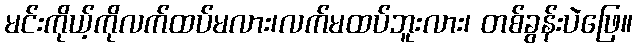
မင်းကိုယ့်ကိုလက်ထပ်မလား၊လက်မထပ်ဘူးလား၊ တစ်ခွန်းပဲဖြေ။